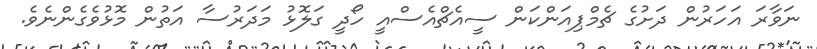
ނަވާރަ އަހަރުން ދަށުގެ ޗެމްޕިއަންކަން ސީއެޗްއެސްއީ ހޯދީ ގަލޮޅު މަދަރުސާ އަތުން މޮޅުވެގެންނެވެ.